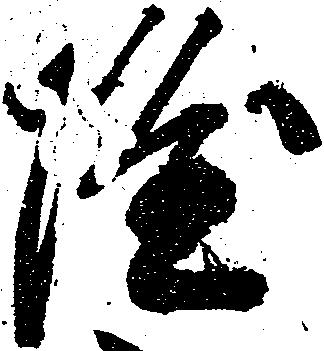
隆